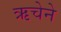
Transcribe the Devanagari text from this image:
ऋचेने